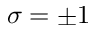
\sigma = \pm 1